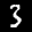
Label: 3